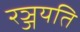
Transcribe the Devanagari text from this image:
रञ्जयति